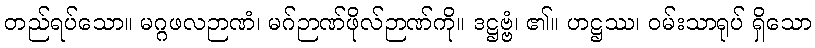
တည်ရပ်သော။ မဂ္ဂဖလဉာဏံ၊ မဂ်ဉာဏ်ဖိုလ်ဉာဏ်ကို။ ဒဋ္ဌဗ္ဗံ၊ ၏။ ဟဋ္ဌဿ၊ ဝမ်းသာရုပ် ရှိသော